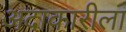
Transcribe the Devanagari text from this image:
अदाकारीला